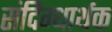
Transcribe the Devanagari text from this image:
संदिग्धार्थक